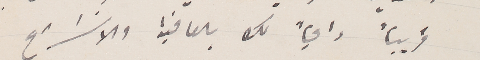
قريباً داعياً لك بالعافية والانشراح